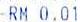
RM 0.01